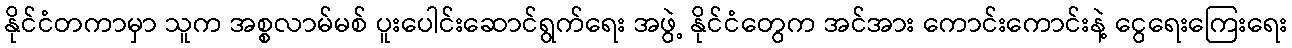
နိုင်ငံတကာမှာ သူက အစ္စလာမ်မစ် ပူးပေါင်းဆောင်ရွက်ရေး အဖွဲ့ နိုင်ငံတွေက အင်အား ကောင်းကောင်းနဲ့ ငွေရေးကြေးရေး